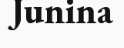
Junina